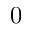
0